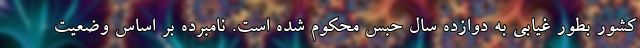
کشور بطور غیابی به دوازده سال حبس محکوم شده است. نامبرده بر اساس وضعیت